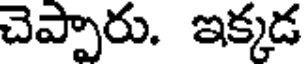
చెప్పారు. ఇక్కడ